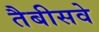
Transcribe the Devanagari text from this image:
तैबीसवे